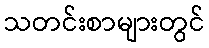
သတင်းစာများတွင်